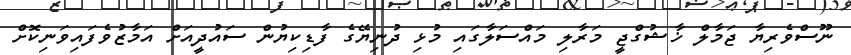
ނޫސްވެރިޔާ ޖަމާލް ޚާޝުގްޖީ މަރާލި މައްސަލާގައި މުޅި ދުނިޔޭގެ ފާޑިކިޔުން ސައުދީއަށް އަމާޒުވެފައިވަނިކޮށް